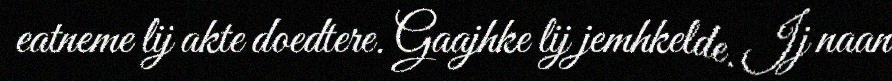
eatneme lij akte doedtere. Gaajhke lij jemhkelde. Ij naan